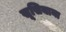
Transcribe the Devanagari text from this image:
सूसियाना